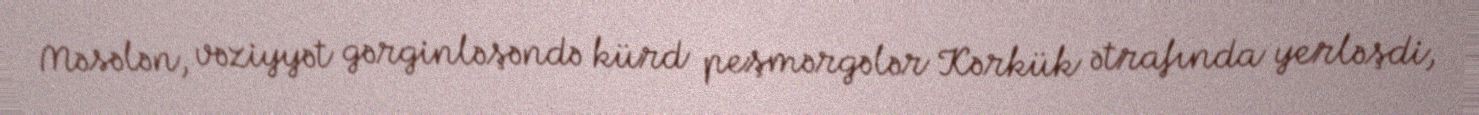
Məsələn, vəziyyət gərginləşəndə kürd peşmərgələr Kərkük ətrafında yerləşdi,